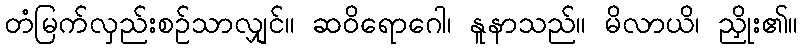
တံမြက်လှည်းစဉ်သာလျှင်။ ဆဝိရောဂေါ၊ နူနာသည်။ မိလာယိ၊ ညှိုး၏။